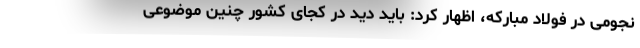
نجومی در فولاد مبارکه، اظهار کرد: باید دید در کجای کشور چنین موضوعی